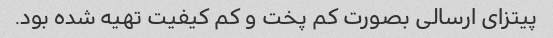
پیتزای ارسالی بصورت کم پخت و کم کیفیت تهیه شده بود.